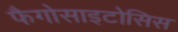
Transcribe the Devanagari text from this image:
फैगोसाइटोसिस